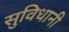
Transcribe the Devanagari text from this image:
सुविधानी